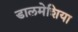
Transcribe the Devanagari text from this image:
डालमेशिया